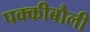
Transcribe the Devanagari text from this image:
पक्कीबौली